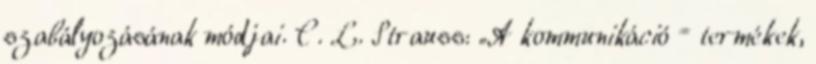
szabályozásának módjai. C. L. Strauss: „A kommunikáció = termékek,